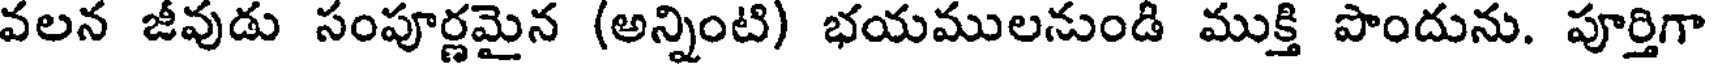
వలన జీవుడు సంపూర్ణమైన (అన్నింటి) భయములనుండి ముక్తి పొందును. పూర్తిగా